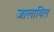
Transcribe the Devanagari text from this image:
जालायित